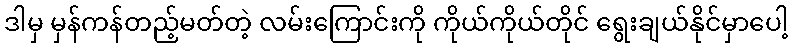
ဒါမှ မှန်ကန်တည့်မတ်တဲ့ လမ်းကြောင်းကို ကိုယ်ကိုယ်တိုင် ရွေးချယ်နိုင်မှာပေါ့